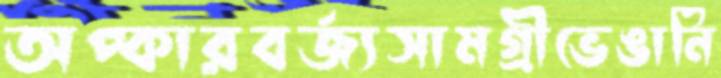
অপ্কারবর্জ্যসামগ্রীভেঙানি